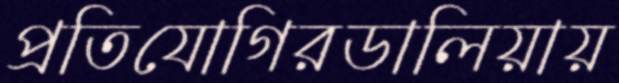
প্রতিযোগিরডালিয়ায়